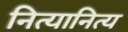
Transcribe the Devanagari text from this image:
नित्यानित्य